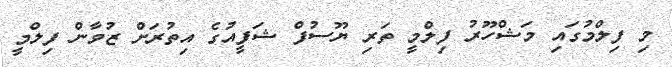
މި ފިލްމުގައި މަޝްހޫރު ފިލްމީ ތަރި ޔޫސުފް ޝަފީއުގެ އިތުރަށް ޒުވާން ފިލްމީ